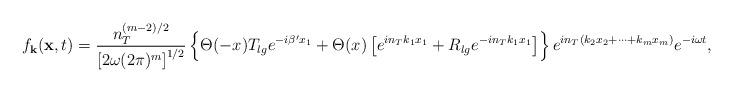
LaTeX: \begin{align*}f_{\bf k}({\bf x},t) ={ n_T^{(m-2)/2}\over\left[ 2\omega (2\pi)^m\right]^{1/2}} \left\{ \Theta(-x) T_{lg} e^{-i\beta' x_1} +\Theta(x) \left[ e^{in_Tk_1x_1} + R_{lg} e^{-in_Tk_1x_1}\right]\right\} e^{in_T(k_2x_2+\cdots +k_mx_m)}e^{-i\omega t},\end{align*}